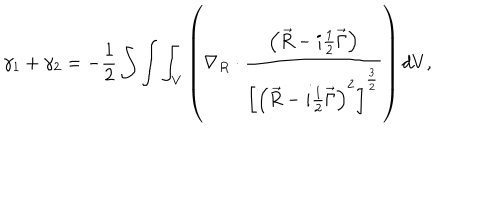
\gamma _ { 1 } + \gamma _ { 2 } = - \frac 1 2 \int \int \int _ { V } \left( \nabla _ { R } \cdot \frac { \left( \vec { R } - i \frac 1 2 \vec { \Gamma } \right) } { \left[ \left( \vec { R } - i \frac 1 2 \vec { \Gamma } \right) ^ { 2 } \right] ^ { \frac 3 2 } } \right) d V ,